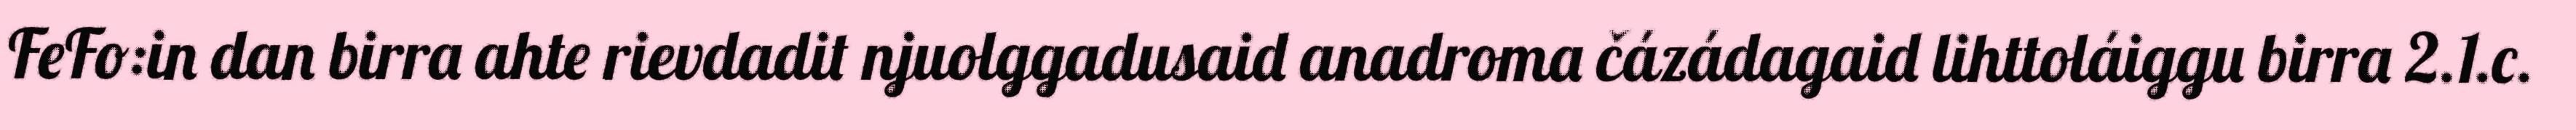
FeFo:in dan birra ahte rievdadit njuolggadusaid anadroma čázádagaid lihttoláiggu birra 2.1.c.